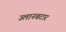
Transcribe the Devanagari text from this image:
उलानबटार